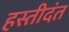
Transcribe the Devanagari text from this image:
हस्तीदंत